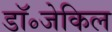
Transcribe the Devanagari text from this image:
डॉ॰जेकिल